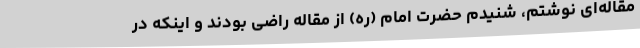
مقاله‌ای نوشتم، شنیدم حضرت امام (ره) از مقاله راضی بودند و اینکه در